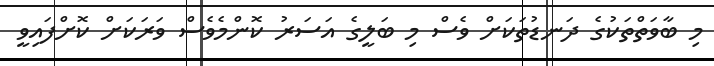
މި ބާވަތްތަކުގެ ދަނޑުތަކަށް ވެސް މި ބަލީގެ އަސަރު ކޮންމެވެސް ވަރަކަށް ކޮށްފައިވީ